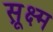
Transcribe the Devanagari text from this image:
सू़क्ष्म